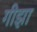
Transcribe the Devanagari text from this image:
गीझा